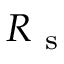
R _ { \mathrm { ~ s ~ } }